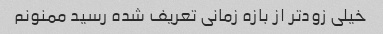
خیلی زودتر از بازه زمانی تعریف شده رسید ممنونم